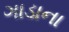
ગાડાના